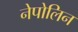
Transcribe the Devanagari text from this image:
नेपोलिन